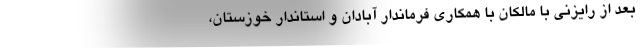
بعد از رایزنی با مالکان با همکاری فرماندار آبادان و استاندار خوزستان،